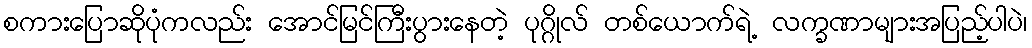
စကားပြောဆိုပုံကလည်း အောင်မြင်ကြီးပွားနေတဲ့ ပုဂ္ဂိုလ် တစ်ယောက်ရဲ့ လက္ခဏာများအပြည့်ပါပဲ၊